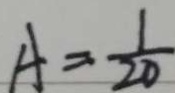
A = \frac { 1 } { 2 0 }